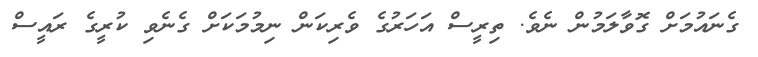
ގެނައުމަށް ގޮވާލަމުން ނެވެ. ތިރީސް އަހަރުގެ ވެރިކަން ނިމުމަކަށް ގެނެވި ކުރީގެ ރައީސް